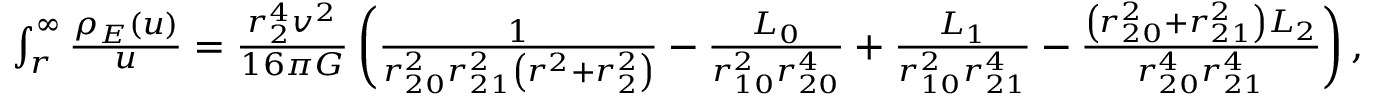
\begin{array} { r } { \int _ { r } ^ { \infty } \d u \frac { \rho _ { E } ( u ) } { u } = \frac { r _ { 2 } ^ { 4 } v ^ { 2 } } { 1 6 \pi G } \left( \frac { 1 } { r _ { 2 0 } ^ { 2 } r _ { 2 1 } ^ { 2 } \left( r ^ { 2 } + r _ { 2 } ^ { 2 } \right) } - \frac { L _ { 0 } } { r _ { 1 0 } ^ { 2 } r _ { 2 0 } ^ { 4 } } + \frac { L _ { 1 } } { r _ { 1 0 } ^ { 2 } r _ { 2 1 } ^ { 4 } } - \frac { \left( r _ { 2 0 } ^ { 2 } + r _ { 2 1 } ^ { 2 } \right) L _ { 2 } } { r _ { 2 0 } ^ { 4 } r _ { 2 1 } ^ { 4 } } \right) , } \end{array}